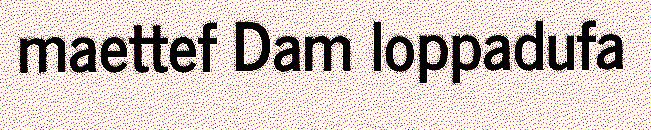
maettef Dam loppadufa